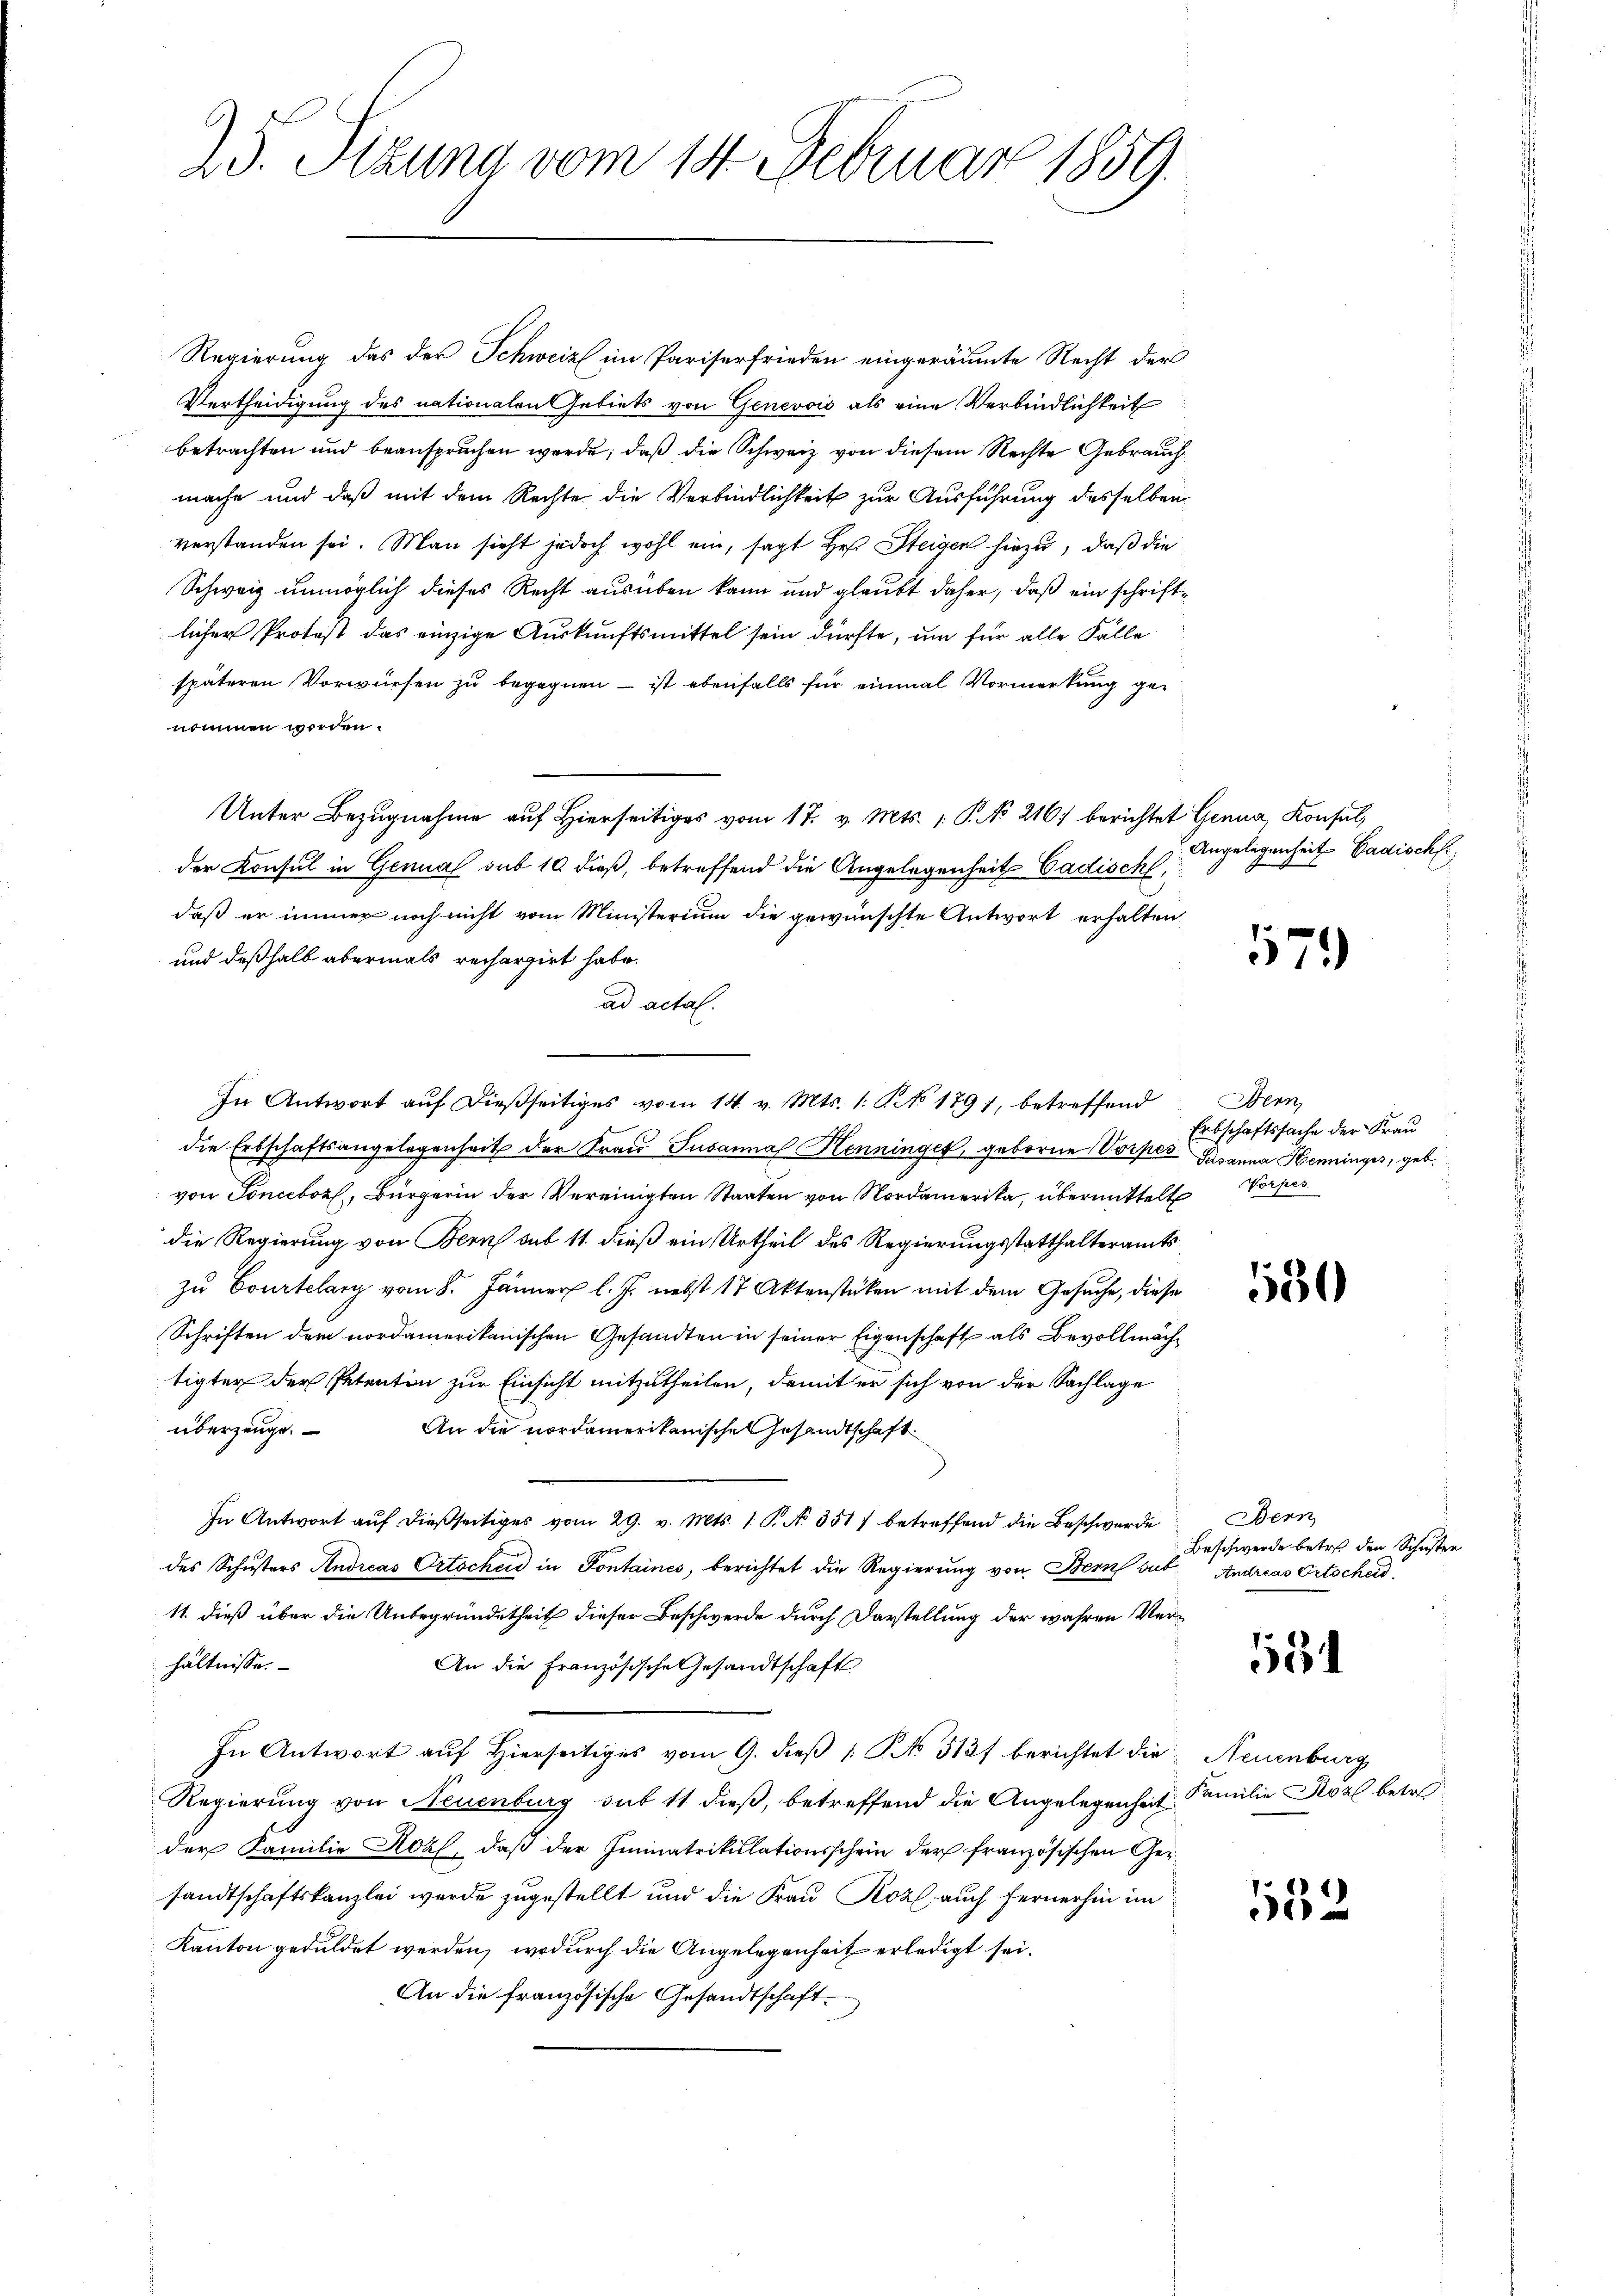
23. Sitzung vom 14. Februar 1859.

Regierung das der Schweiz im Pariserfrieden eingeräumte Recht der
Vertheidigung des nationalen Gebiets von Genevois als eine Verbindlichkeit
betrachten und beanspruchen werde; daß die Schweiz von diesem Rechte Gebrauch
mache und daß mit dem Rechte die Verbindlichkeit zur Ausführung desselben
verstanden sei. Man sieht jedoch wohl ein, sagt Heß Steigen hiezu, daß die
Schweiz unmöglich dieses Recht ausüben kann und glaubt daher, daß ein schriftlicher Protest das einzige Auskunftsmittel sein dürfte, um für alle Fälle
späteren Vorwürfen zu begegnen - ist ebenfalls für einmal Vormerkung genommen worden.
Unter Bezugnahme auf hierseitiges vom 17. v. Mts. 1. P. No 216. berichtet Genua, Konsul,
der Konsul in Genual sub 10 dieß, betreffend die Angelegenheit Cadisch,
daß er immer noch nicht vom Ministerium die gewünschte Antwort erhalten,
und deßhalb abermals rechargirt habe.
ad actal.
In Antwort auf dießseitiges vom 14. v. Mts. 1. No 1791, betreffend
die Erbschaftsangelegenheit der Frau Susanna Henninget, geborne Vorper Susanna Henninges, geb.
von Toncebozl, Bürgerin der Vereinigten Staaten von Nordamerika, übermittelte Vorper
die Regierung von Bern sub 11. dieß ein Urtheil des Regierungsstatthalteramts
zŭ Courtelang vom 8. Jänner l. J. nebst 17 Aktenstüken mit dem Gesuche, diese
Schriften dem nordamerikanischen Gesandten in seiner Eigenschaft als Bevollmächtigter der Petentin zur Einsicht mitzutheilen, damit er sich von der Sachlage
überzeuge. An die nordamerikanische Gesandtschaft
In Antwort aŭf dießseitiges vom 29. v. Mts. 1. P. No. 351) betreffend die Beschwerde
des Schusters Andreas Ortscheid in Pontaines, berichtet die Regierung von Bern sub
11. dieß über die Unbegründetheit dieser Beschwerde durch Darstellung der wahren Verhältnisse.
An die Französische Gesandtschaft
In Antwort aŭf hierseitiges vom 9. dieβ 1 S. No. 513 berichtet die Neuenburg
Regierung von Neuenburg sub 11 dieß, betreffend die Angelegenheit Familie Korf betr
der Familie Rohl, daß der Immatrikulationsschein der französischen Gersandtschaftskanzlei wurde zugestellt und die Frau Roz, auch fernerhin im
Kanton geduldet werden, wodurch die Angelegenheit erledigt sei.
An die französische Gesandtschaft

Angelegenheit Badischfe

579

Benn
Erbschaftssache der Frau

530

Bern
Beschwerde betref den Schuster
Andreas Ortscheid

534

552